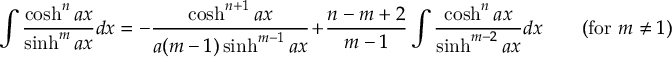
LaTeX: \int { \frac { \cosh ^ { n } a x } { \sinh ^ { m } a x } } d x = - { \frac { \cosh ^ { n + 1 } a x } { a ( m - 1 ) \sinh ^ { m - 1 } a x } } + { \frac { n - m + 2 } { m - 1 } } \int { \frac { \cosh ^ { n } a x } { \sinh ^ { m - 2 } a x } } d x \qquad { \mathrm { ( f o r ~ } } m \neq 1 { \mathrm { ) } }